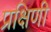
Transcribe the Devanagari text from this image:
प्रक्षिणी